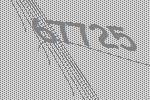
67725